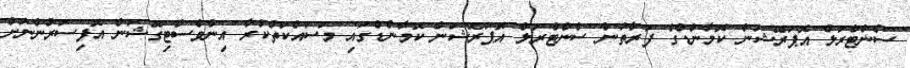
ސެންޓްރަލް އޮޕަރޭޝަން ކޮމާންޑްގެ ފަރާތުން ސެންޓްރަލް އޮޕަރޭޝަން ކޮމާންޑްގައި މަސައްކަތްކުރާ އިންވެސްޓިގޭޝަން އޮފިސަރުންނަށް